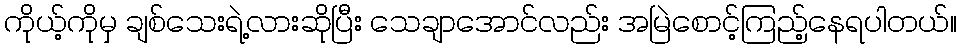
ကိုယ့်ကိုမှ ချစ်သေးရဲ့လားဆိုပြီး သေချာအောင်လည်း အမြဲစောင့်ကြည့်နေရပါတယ်။